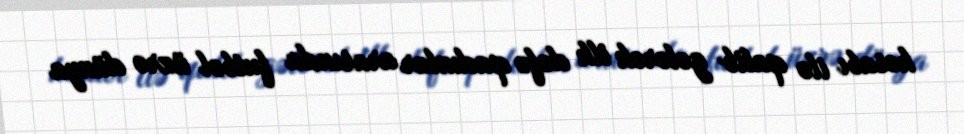
hesabı ilə qalib gələrək ilk dəfə qadınlar arasında futbol üzrə dünya